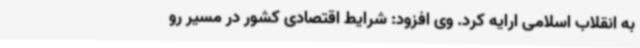
به انقلاب اسلامی ارایه کرد. وی افزود: شرایط اقتصادی کشور در مسیر رو